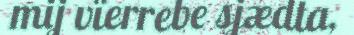
mij vïerrebe sjædta,